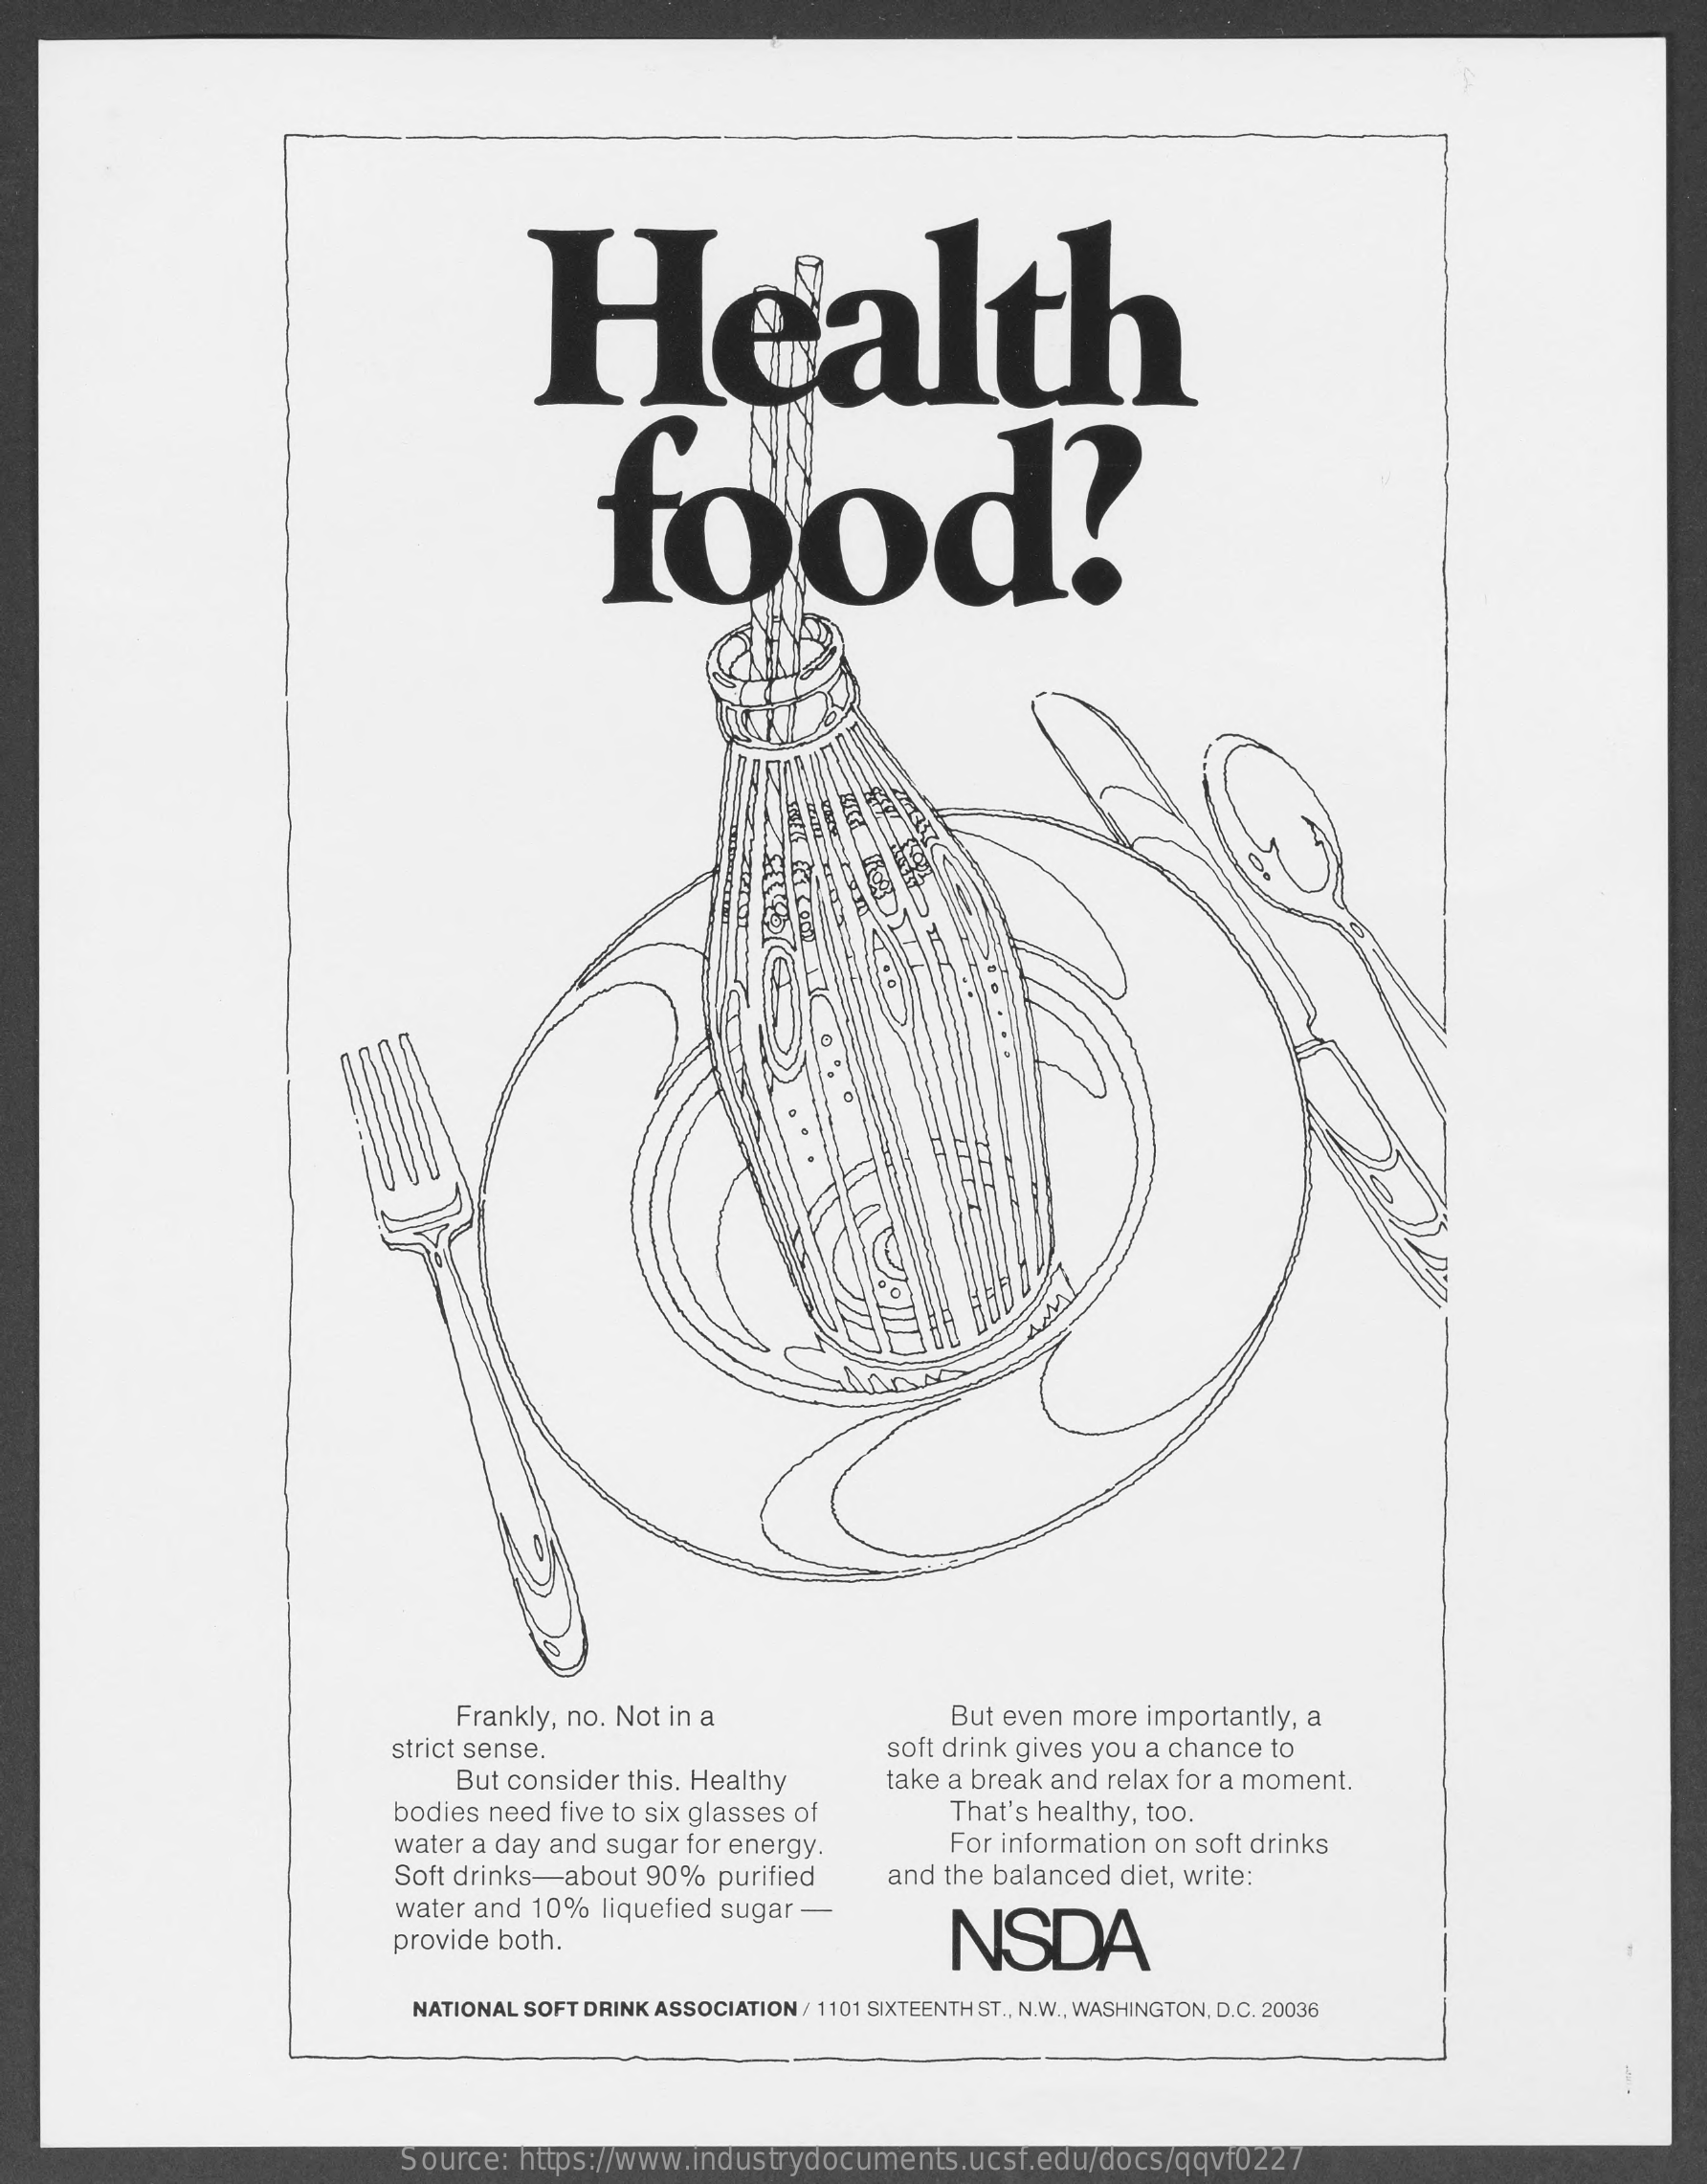
Health
     food?
     AMAL
     Frankly, no. Not in a    But even more  importantly, a
     strict sense.    soft drink gives you a chance to
     But consider this. Healthy    take a break and relax for a moment.
     bodies need  five to six glasses of    That's healthy, too.
     water a day and sugar  for energy.    For information on soft drinks
     Soft drinks-about   90%  purified    and  the balanced diet, write:
     water and  10%  liquefied sugar -
     provide both.    NSDA
     NATIONAL SOFT DRINK ASSOCIATION / 1101 SIXTEENTH ST ., N.W ., WASHINGTON, D.C. 20036
     Source:  https://www.industrydocuments.ucsf.edu/docs/qqvf0227